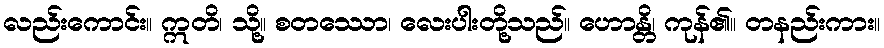
လည်းကောင်း။ ဣတိ၊ သို့။ စတဿော၊ လေးပါးတို့သည်။ ဟောန္တိ၊ ကုန်၏။ တနည်းကား။